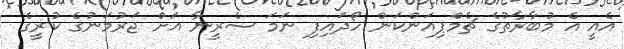
އެއީ އެ މުބާރާތުގެ ޗެމްޕިއަންކަން ހޯދައިފި ނަމަ ސެރީނާ އަށް ޖަރުމަނުގެ ކުރީގެ